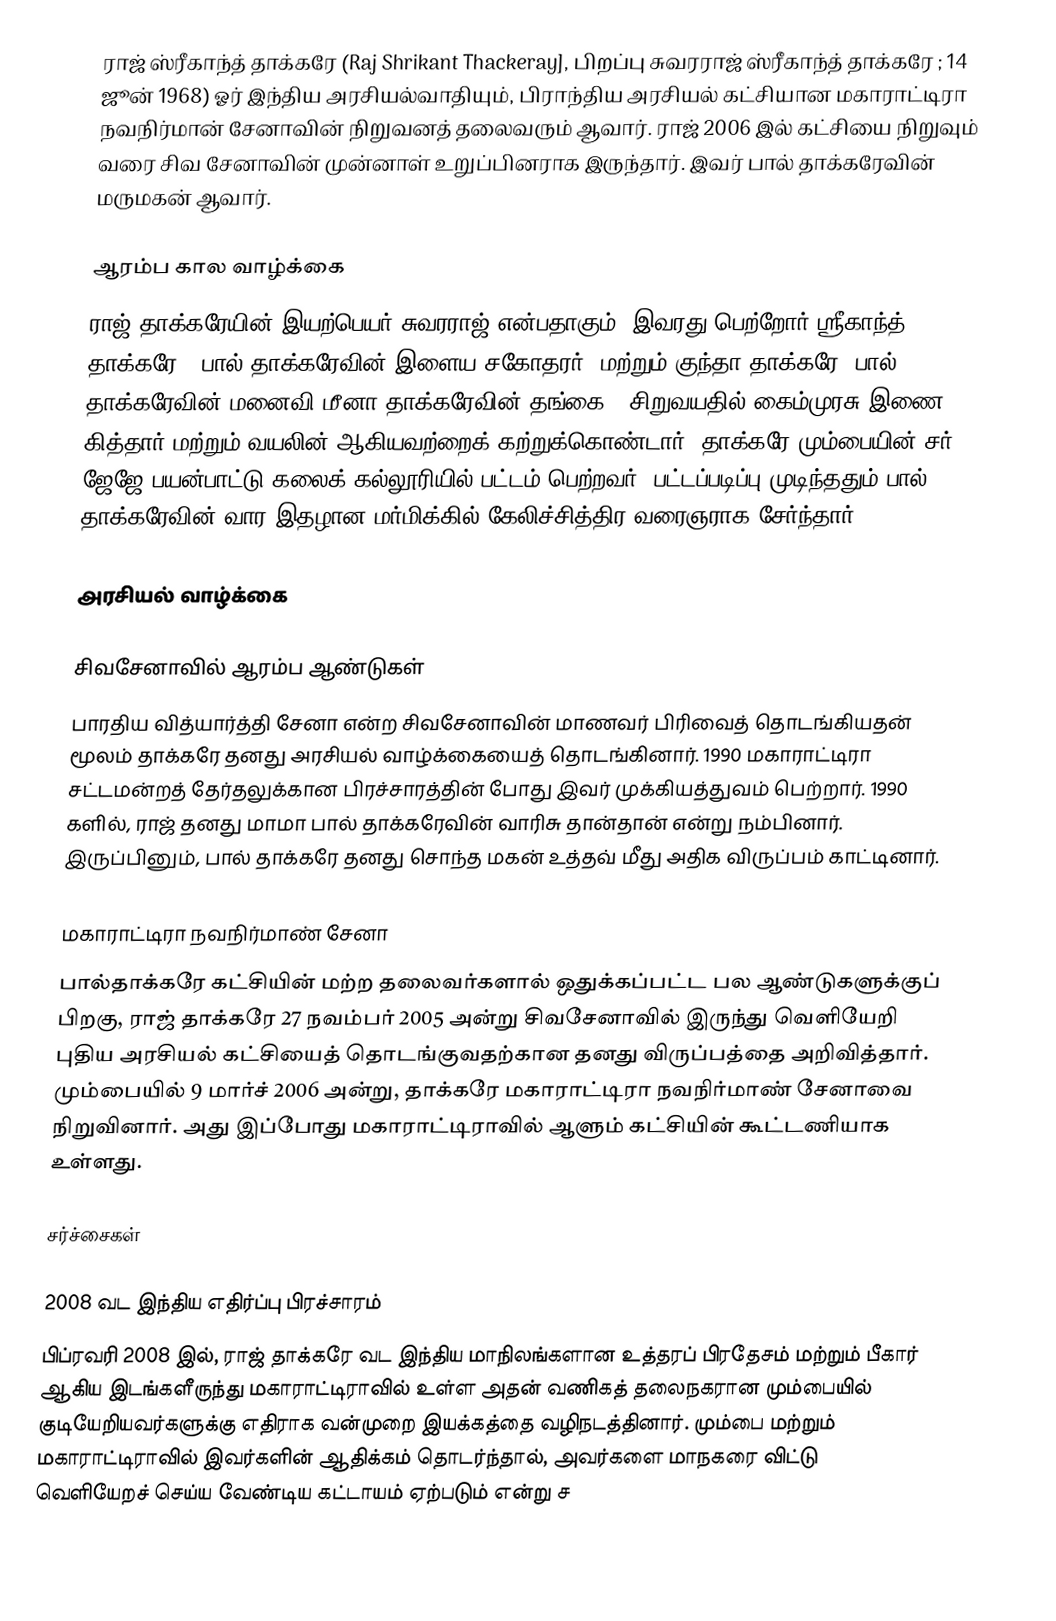
ராஜ் ஸ்ரீகாந்த் தாக்கரே (Raj Shrikant Thackeray], பிறப்பு சுவரராஜ் ஸ்ரீகாந்த் தாக்கரே ; 14 ஜூன் 1968) ஓர் இந்திய அரசியல்வாதியும், பிராந்திய அரசியல் கட்சியான மகாராட்டிரா நவநிர்மான் சேனாவின் நிறுவனத் தலைவரும் ஆவார். ராஜ் 2006 இல் கட்சியை நிறுவும் வரை சிவ சேனாவின் முன்னாள் உறுப்பினராக இருந்தார். இவர் பால் தாக்கரேவின் மருமகன் ஆவார்.

ஆரம்ப கால வாழ்க்கை
ராஜ் தாக்கரேயின் இயற்பெயர் சுவரராஜ் என்பதாகும். இவரது பெற்றோர் ஸ்ரீகாந்த் தாக்கரே ( பால் தாக்கரேவின் இளைய சகோதரர்) மற்றும் குந்தா தாக்கரே (பால் தாக்கரேவின் மனைவி மீனா தாக்கரேவின் தங்கை). சிறுவயதில் கைம்முரசு இணை, கித்தார் மற்றும் வயலின் ஆகியவற்றைக் கற்றுக்கொண்டார்.  தாக்கரே மும்பையின் சர் ஜேஜே பயன்பாட்டு கலைக் கல்லூரியில் பட்டம் பெற்றவர்.  பட்டப்படிப்பு முடிந்ததும் பால் தாக்கரேவின் வார இதழான மர்மிக்கில் கேலிச்சித்திர வரைஞராக சேர்ந்தார்.

அரசியல் வாழ்க்கை

சிவசேனாவில் ஆரம்ப ஆண்டுகள்
பாரதிய வித்யார்த்தி சேனா என்ற சிவசேனாவின் மாணவர் பிரிவைத் தொடங்கியதன் மூலம் தாக்கரே தனது அரசியல் வாழ்க்கையைத் தொடங்கினார். 1990 மகாராட்டிரா சட்டமன்றத் தேர்தலுக்கான பிரச்சாரத்தின் போது இவர் முக்கியத்துவம் பெற்றார். 1990 களில், ராஜ் தனது மாமா பால் தாக்கரேவின் வாரிசு தான்தான் என்று நம்பினார். இருப்பினும், பால் தாக்கரே தனது சொந்த மகன் உத்தவ் மீது அதிக விருப்பம் காட்டினார்.

மகாராட்டிரா நவநிர்மாண் சேனா
பால்தாக்கரே கட்சியின் மற்ற தலைவர்களால் ஒதுக்கப்பட்ட பல ஆண்டுகளுக்குப் பிறகு, ராஜ் தாக்கரே 27 நவம்பர் 2005 அன்று சிவசேனாவில் இருந்து வெளியேறி புதிய அரசியல் கட்சியைத் தொடங்குவதற்கான தனது விருப்பத்தை அறிவித்தார். மும்பையில் 9 மார்ச் 2006 அன்று, தாக்கரே மகாராட்டிரா நவநிர்மாண் சேனாவை நிறுவினார். அது இப்போது மகாராட்டிராவில் ஆளும் கட்சியின் கூட்டணியாக உள்ளது.

சர்ச்சைகள்

2008 வட இந்திய எதிர்ப்பு பிரச்சாரம்
பிப்ரவரி 2008 இல், ராஜ் தாக்கரே வட இந்திய மாநிலங்களான உத்தரப் பிரதேசம் மற்றும் பீகார் ஆகிய இடங்களீருந்து மகாராட்டிராவில் உள்ள அதன் வணிகத் தலைநகரான மும்பையில் குடியேறியவர்களுக்கு எதிராக வன்முறை இயக்கத்தை  வழிநடத்தினார். மும்பை மற்றும் மகாராட்டிராவில் இவர்களின் ஆதிக்கம் தொடர்ந்தால், அவர்களை மாநகரை விட்டு வெளியேறச் செய்ய வேண்டிய கட்டாயம் ஏற்படும் என்று ச